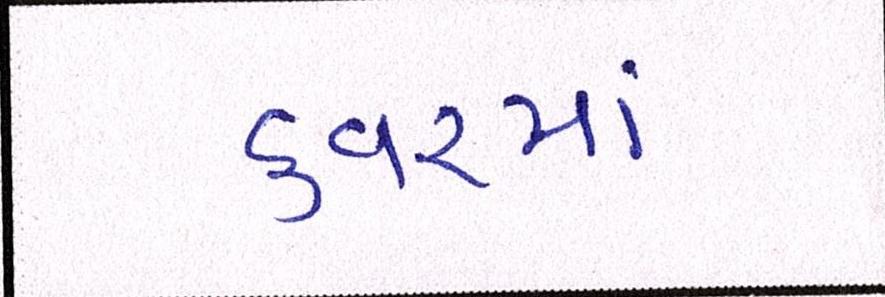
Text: કવરમાં